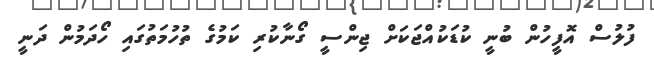
ފުލުސް އޮފީހުން ބުނީ ކުޑަކުއްޖަކަށް ޖިންސީ ގޯނާކުރި ކަމުގެ ތުހުމަތުގައި ހޯދަމުން ދަނީ